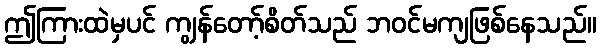
ဤကြားထဲမှပင် ကျွန်တော့်စိတ်သည် ဘဝင်မကျဖြစ်နေသည်။